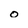
Character: o